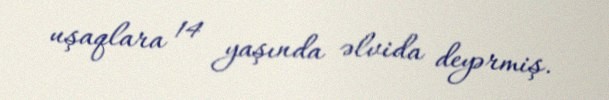
uşaqlara 14 yaşında əlvida deyərmiş.